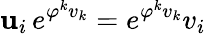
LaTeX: \mathbf{u}_{i}\, e^{\varphi^{k}v_{k}}=e^{\varphi^{k}v_{k}}v_{i}